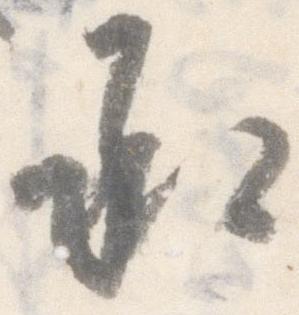
承